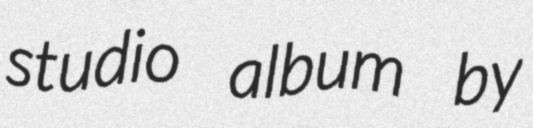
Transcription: studio album by